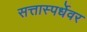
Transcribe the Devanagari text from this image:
सत्तास्पर्धेवर